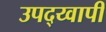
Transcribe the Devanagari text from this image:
उपद्य्वापी